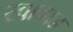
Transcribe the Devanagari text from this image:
खाबाड